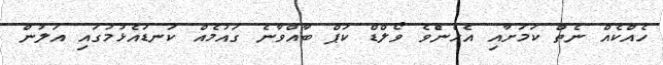
ހެއްކެއް ނެތް ކަމަށާއި އެހެންެވެ ވޯލްޑް ކަޕް ބާއްވާނެ ގައުމެއް ކަނޑައެޅުމުގައި އަލުން